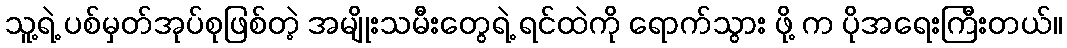
သူ့ရဲ့ ပစ်မှတ်အုပ်စုဖြစ်တဲ့ အမျိုးသမီးတွေရဲ့ ရင်ထဲကို ရောက်သွား ဖို့ က ပိုအရေးကြီးတယ်။